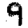
Digit: 9